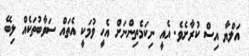
އަލްޔާ އިސް ކުރާށެވެ. އެއީ ނިކަމެތިންނަށް އެހީ ވުމަކީ އެތައް ސަވާބުތަކެއް ލިބޭ